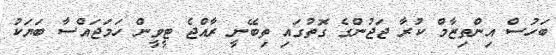
ބަހުސް އިންތިޒާމް ކުރާ ޖަޖުންގެ ގޮތުގައި ތިބޭނީ ރާއްޖެ ޓީވީން ހަމަޖައްސާ ބަޔަކު